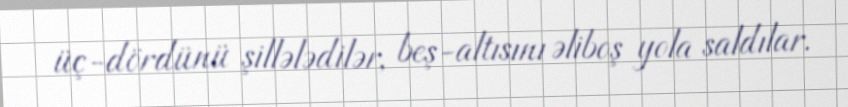
üç-dördünü şillələdilər, beş-altısını əliboş yola saldılar.